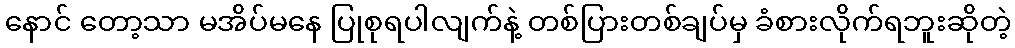
နောင် တော့သာ မအိပ်မနေ ပြုစုရပါလျက်နဲ့ တစ်ပြားတစ်ချပ်မှ ခံစားလိုက်ရဘူးဆိုတဲ့